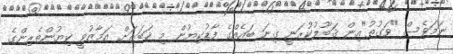
ނަމަވެސް "ވަގުތު"އިން ޤަބޫލުކުރަނީ ގިނަ ބައެއްގެ ފާޑުކިޔުން މި ޚަބަރަށް އަމާޒުވީ ކިޔުންތެރިންގެ